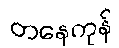
တနေကုန်